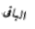
الباقى